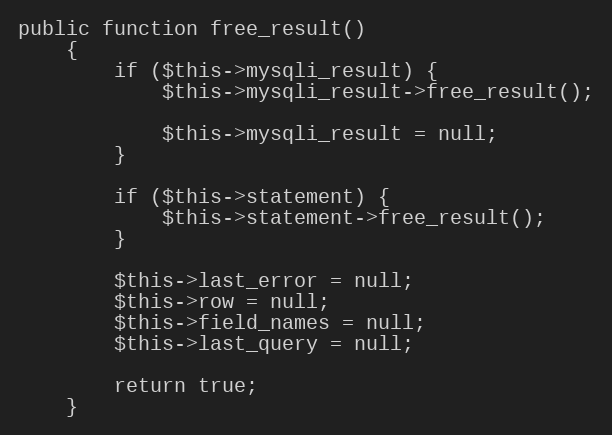
Language: PHP
public function free_result()
    {
        if ($this->mysqli_result) {
            $this->mysqli_result->free_result();

            $this->mysqli_result = null;
        }

        if ($this->statement) {
            $this->statement->free_result();
        }

        $this->last_error = null;
        $this->row = null;
        $this->field_names = null;
        $this->last_query = null;

        return true;
    }